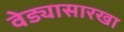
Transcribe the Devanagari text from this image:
वेड्यासारखा